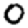
Digit: 0